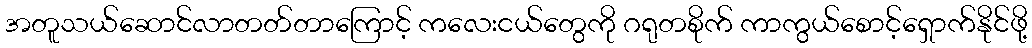
အတူသယ်ဆောင်လာတတ်တာကြောင့် ကလေးငယ်တွေကို ဂရုတစိုက် ကာကွယ်စောင့်ရှောက်နိုင်ဖို့